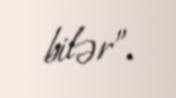
bilər”.